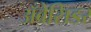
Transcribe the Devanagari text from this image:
अँबेसिडर